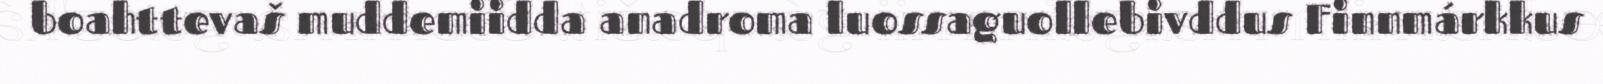
boahttevaš muddemiidda anadroma luossaguollebivddus Finnmárkkus